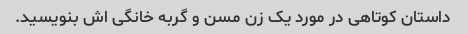
داستان کوتاهی در مورد یک زن مسن و گربه خانگی اش بنویسید.